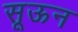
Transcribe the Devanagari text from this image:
सूऊन